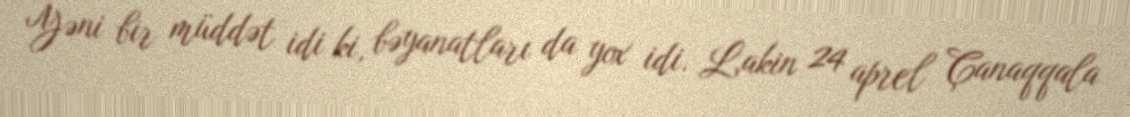
Yəni bir müddət idi ki, bəyanatları da yox idi. Lakin 24 aprel Çanaqqala